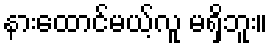
နားထောင်မယ့်လူ မရှိဘူး။